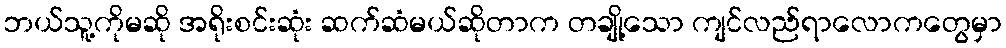
ဘယ်သူ့ကိုမဆို အရိုးစင်းဆုံး ဆက်ဆံမယ်ဆိုတာက တချို့သော ကျင်လည်ရာလောကတွေမှာ